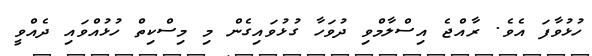
ހުޅުވާފަ އެވެ. ރާއްޖެ އިސްލާމްވި ދުވަހާ ގުޅުވައިގެން މި މިސްކިތް ހުޅުއްވައި ދެއްވީ